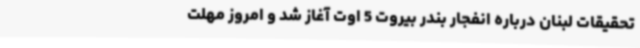
تحقیقات لبنان درباره انفجار بندر بیروت 5 اوت آغاز شد و امروز مهلت